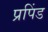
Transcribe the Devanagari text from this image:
प्रपिंड